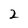
Character: 2